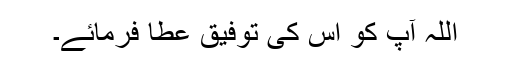
اللہ آپ کو اس کی توفیق عطا فرمائے۔